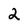
Character: 2